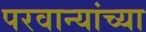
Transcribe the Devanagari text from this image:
परवान्यांच्या